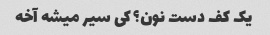
یک کف دست نون؟ کی سیر میشه آخه